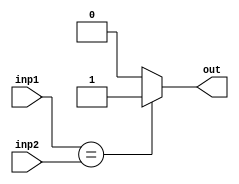

/*
	compare 2 numbers inp1 and inp2
*/
module compare_h 
	#(
	parameter WIDTH=10
	)
	(
	input [WIDTH-1: 0] 	inp1,
	input [WIDTH-1: 0] 	inp2,
	output 					out
	);
	assign out = (inp1 == inp2)? 1'b1 : 1'b0;
endmodule